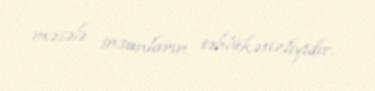
məsələ insanların təhlükəsizliyidir.